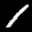
Label: 1